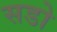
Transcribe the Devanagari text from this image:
सडो